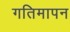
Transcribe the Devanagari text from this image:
गतिमापन